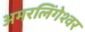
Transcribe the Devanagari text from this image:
अमरलिंगेश्‍वर